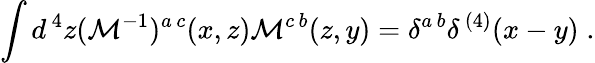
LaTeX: \int d^{\, 4}z({\cal M}^{-1})^{a\, c}(x,z){\cal M}^{c\, b}(z,y)=\delta^{a\, b}\delta^{\, (4)}(x-y)\; .